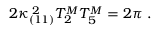
2 \kappa _ { ( 1 1 ) } ^ { \; 2 } T _ { 2 } ^ { M } T _ { 5 } ^ { M } = 2 \pi \ .